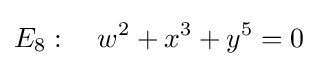
E_{8}:\quad w^{2}+x^{3}+y^{5}=0